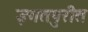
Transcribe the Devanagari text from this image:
इगतपुरीत